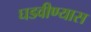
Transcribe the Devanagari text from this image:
घडवीण्यास